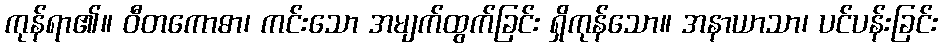
ကုန်ရာ၏။ ဝီတကောဓာ၊ ကင်းသော အမျက်ထွက်ခြင်း ရှိကုန်သော။ အနာယာသာ၊ ပင်ပန်းခြင်း